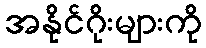
အနိုင်ဂိုးများကို